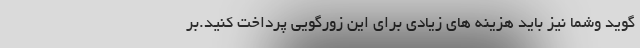
گويد وشما نيز بايد هزينه هاي زيادي براي اين زورگويي پرداخت كنيد.بر